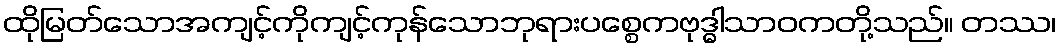
ထိုမြတ်သောအကျင့်ကိုကျင့်ကုန်သောဘုရားပစ္စေကဗုဒ္ဓါသာဝကတို့သည်။ တဿ၊